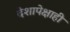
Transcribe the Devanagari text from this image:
देशापेक्षाही